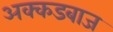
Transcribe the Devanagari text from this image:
अक्कडबाज